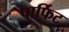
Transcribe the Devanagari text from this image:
पार्फिट